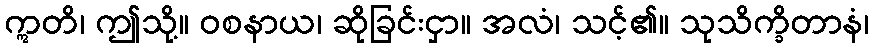
ဣတိ၊ ဤသို့။ ဝစနာယ၊ ဆိုခြင်းငှာ။ အလံ၊ သင့်၏။ သုသိက္ခိတာနံ၊